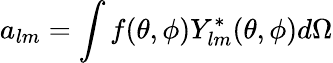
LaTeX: a_{lm}=\int f(\theta,\phi)Y_{lm}^{*}(\theta,\phi)d\Omega